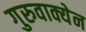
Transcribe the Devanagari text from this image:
गुरुवाक्येन